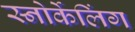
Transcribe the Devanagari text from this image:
स्नोर्केलिंग